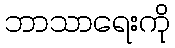
ဘာသာရေးကို